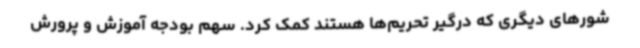
شورهای دیگری که درگیر تحریم‌ها هستند کمک کرد. سهم بودجه آموزش و پرورش